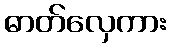
ဓာတ်လှေကား